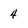
Character: 4